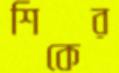
শিকের